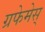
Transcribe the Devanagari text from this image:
ग्रफेमेस्